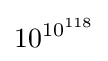
10^{{10}^{118}}